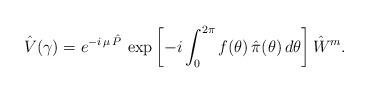
LaTeX: \begin{align*}\hat{V} ( \gamma )=e^{ - i \, \mu \, \hat{P} } \,\exp\left[- i \int_0^{2 \pi} f( \theta ) \, \hat{\pi} ( \theta )\, d \theta\right]\hat{W}^m.\end{align*}